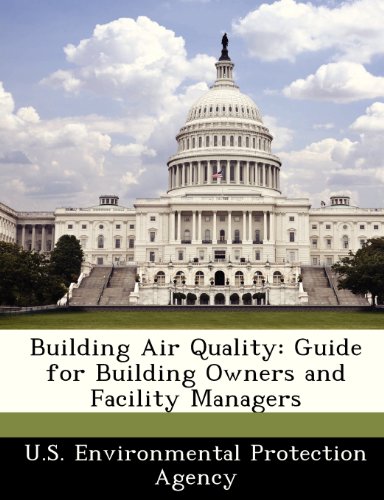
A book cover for Building Air Quality: Guide for Building Owners and Facility Managers; Health, Fitness & Dieting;